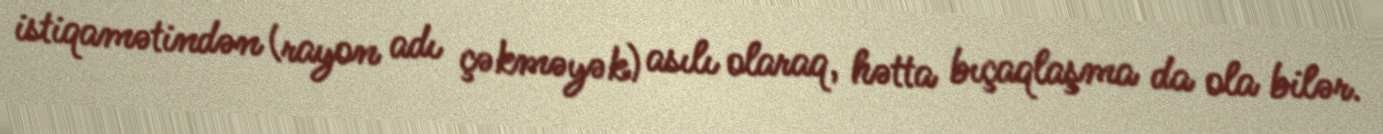
istiqamətindən (rayon adı çəkməyək) asılı olaraq, hətta bıçaqlaşma da ola bilər.